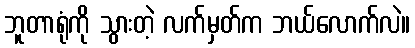
ဘူတာရုံကို သွားတဲ့ လက်မှတ်က ဘယ်လောက်လဲ။